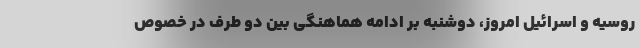
روسیه و اسرائیل امروز، دوشنبه بر ادامه هماهنگی بین دو طرف در خصوص